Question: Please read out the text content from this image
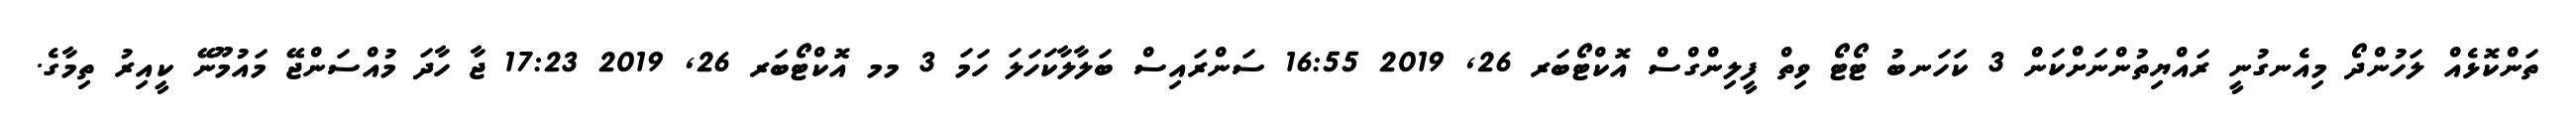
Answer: ތަންކޮޅެއް ލަހުންދޯ މިއެނގުނީ ރައްޔިތުންނަށްކަން 3 ކަހަނބު ޓޯޓޯ ވިތް ފީލިންގްސް އޮކްޓޯބަރ 26, 2019 16:55 ސަންރައިސް ބަލާލާކަހަލަ ހަމަ 3 މމ އޮކްޓޯބަރ 26, 2019 17:23 ޖާ ހާދަ މުއްސަންޖޭ މައުމޫނޭ ކީއިރު ތިމާގެ.